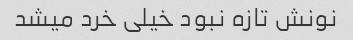
نونش تازه نبود خیلی خرد میشد